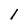
Character: l